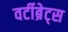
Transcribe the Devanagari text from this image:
वर्टीब्रेट्स